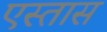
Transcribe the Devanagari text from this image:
एस्तास